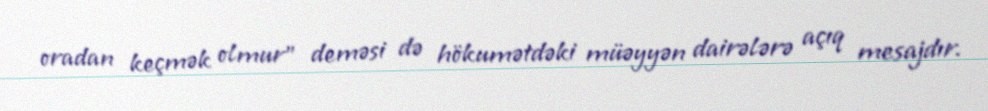
oradan keçmək olmur” deməsi də hökumətdəki müəyyən dairələrə açıq mesajdır.